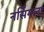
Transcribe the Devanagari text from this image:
नर्सिंगला